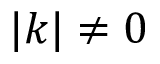
| k | \neq 0